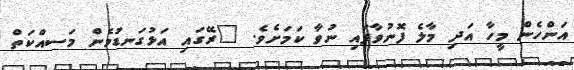
އަންހެން މީހާ އަދި މާލެ ފޮނުވާފައި ނުވާ ކަމަށެވެ. "ރޭގައި އަޅުގަނޑުމެން މަސއްކަތް